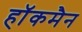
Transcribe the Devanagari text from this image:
हाॅकमैन